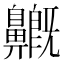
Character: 𪖺